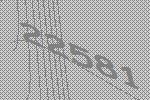
22581